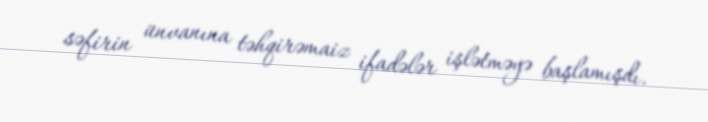
səfirin ünvanına təhqirəmaiz ifadələr işlətməyə başlamışdı.